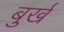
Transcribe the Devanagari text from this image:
बुर्ख